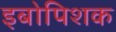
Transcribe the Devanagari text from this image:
इबोपिशक